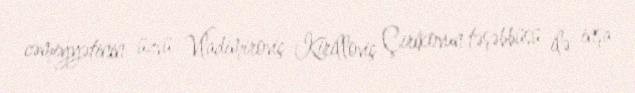
cəmiyyətinin üzvü Vladimiroviç Kirilloviç Çirikovun təşəbbüsü ilə inşa